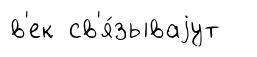
в'ек св'я́зываjут